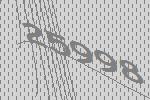
25998